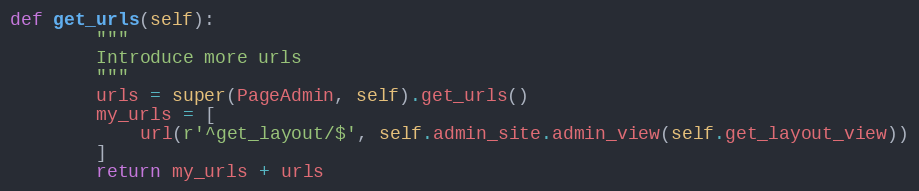
Language: Python
def get_urls(self):
        """
        Introduce more urls
        """
        urls = super(PageAdmin, self).get_urls()
        my_urls = [
            url(r'^get_layout/$', self.admin_site.admin_view(self.get_layout_view))
        ]
        return my_urls + urls